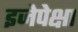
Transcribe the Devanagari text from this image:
इजेपेक्षा